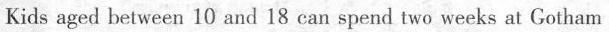
Kids aged between 10 and 18 can spend two weeks at Gotham